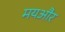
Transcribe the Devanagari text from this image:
मयऔर